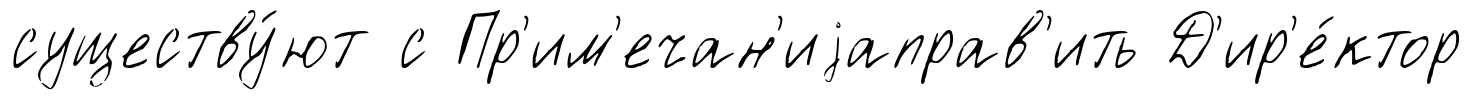
существу́ют с Пр'им'ечан'иjаправ'ить Д'ир'е́ктор